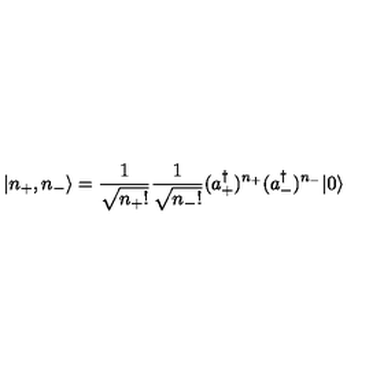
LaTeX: | n _ { + } , n _ { - } \rangle = \frac { 1 } { \sqrt { n _ { + } ! } } \frac { 1 } { \sqrt { n _ { - } ! } } ( a _ { + } ^ { \dagger } ) ^ { n _ { + } } ( a _ { - } ^ { \dagger } ) ^ { n _ { - } } | 0 \rangle